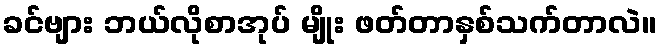
ခင်ဗျား ဘယ်လိုစာအုပ် မျိုး ဖတ်တာနှစ်သက်တာလဲ။